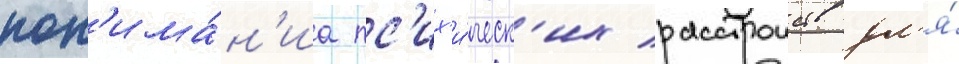
пон'има́н'иа пс'их'и́ческ'их расстроиств дл'я́